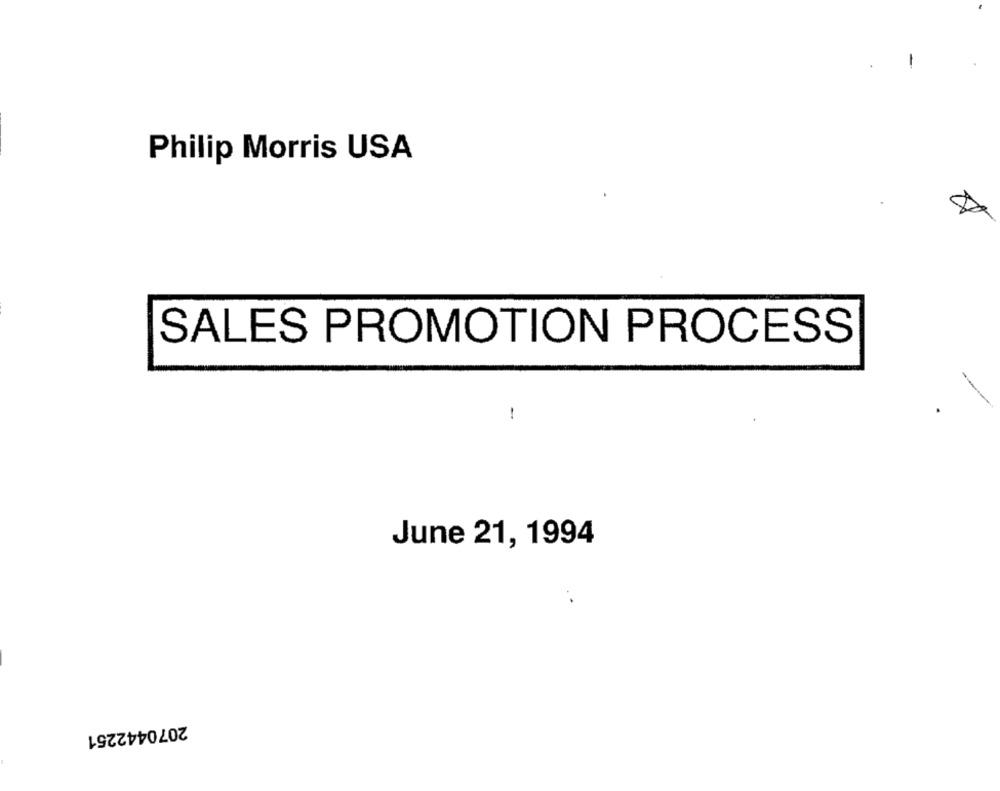
-
Philip Morris USA
SALES PROMOTION PROCESS
-
June 21, 1994
2070442251